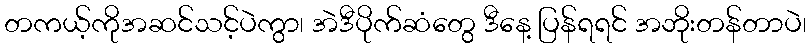
တကယ့်ကိုအဆင်သင့်ပဲကွာ၊ အဲဒီပိုက်ဆံတွေ ဒီနေ့ ပြန်ရရင် အဘိုးတန်တာပဲ၊